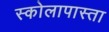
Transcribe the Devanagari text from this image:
स्कोलापास्ता